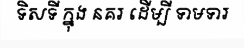
ទិសទី ក្នុង នគរ ដើម្បី ទាមទារ